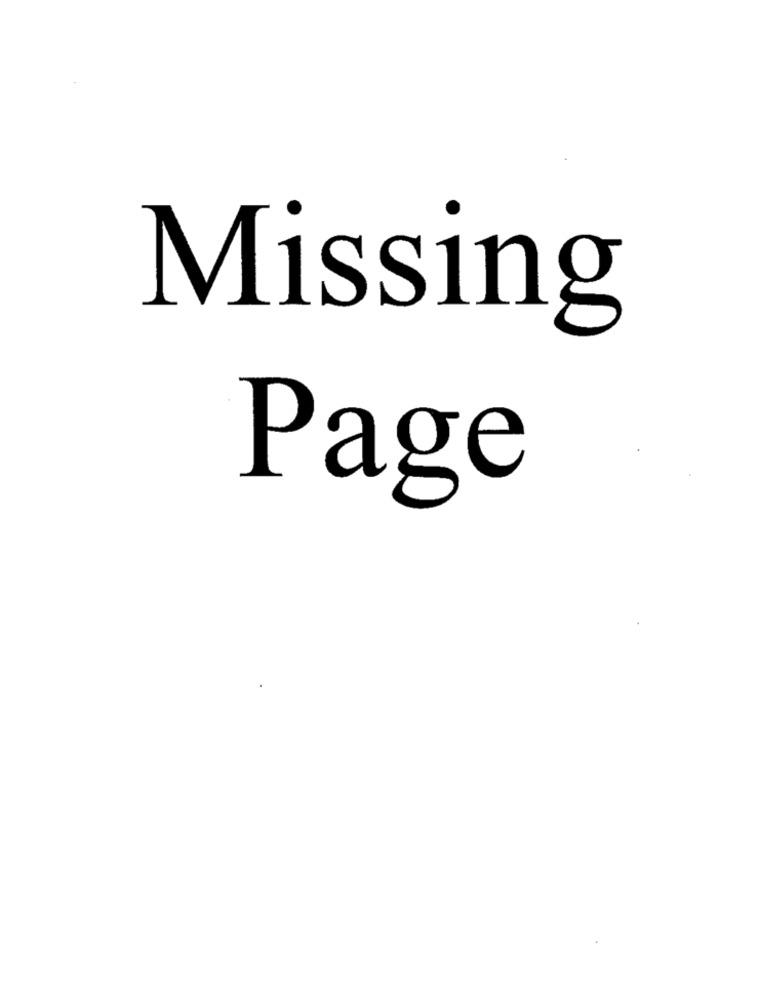
Missing
Page